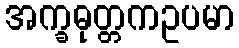
အက္ခဓုတ္တကဥပမာ